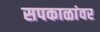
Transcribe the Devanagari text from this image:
सपकाळांवर